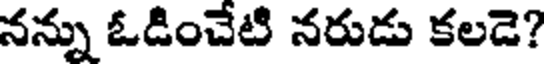
నన్ను ఓడించేటి నరుడు కలడె?